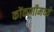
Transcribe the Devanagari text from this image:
कोंकणीमध्ये